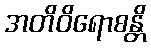
အတိဝိရောစန္တိ